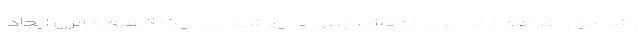
رشد مو را فراهم کند. برای کاهش چربی بدن، شما باید یک کسری کالری ایجاد